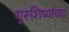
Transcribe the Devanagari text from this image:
गुरूशिष्यांच्या